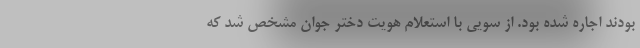
بودند اجاره شده بود. از سویی با استعلام هویت دختر جوان مشخص شد که